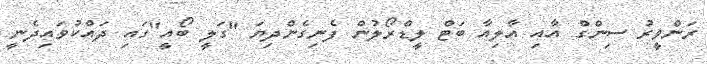
ރަންވީރު ސިންގް އާއި އާލިއާ ބަޓް ލީޑްރޯލުން ފެނިގެންދިޔަ "ގަލީ ބޯއީ"ގައި ދައްކުވައިދެނީ